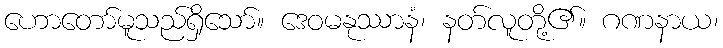
ဟောတော်မူသည်ရှိသော်။ ဒေဝမနုဿာနံ၊ နတ်လူတို့၏။ ဂဏနာယ၊